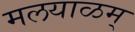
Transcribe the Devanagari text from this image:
मलयाळम्‌